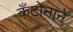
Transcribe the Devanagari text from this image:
कँटोनाने